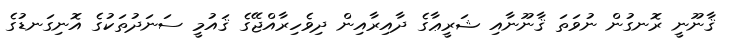
ޤާނޫނީ ރޮނގުން ނުވަތަ ޤާނޫނާއި ޝަރީޢާގެ ދާއިރާއިން ދިވެހިރާއްޖޭގެ ޤައުމީ ސަނަދުތަކުގެ އޮނިގަނޑުގެ